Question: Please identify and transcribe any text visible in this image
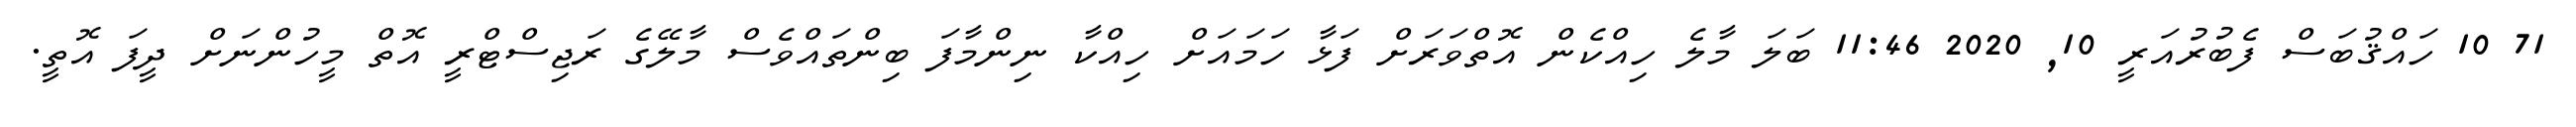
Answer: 71 10 ހައްޤުބަސް ފެބުރުއަރީ 10, 2020 11:46 ބަލަ މާލެ ހިއްކެން އޮތްވަރަށް ފަޅާ ހަމައަށް ހިއްކާ ނިންމާފަ ބިންތައްވެސް މާލޭގެ ރަޖިސްޓްރީ އޮތް މީހުންނަށް ދީފަ އޮތީ.